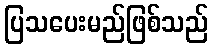
ပြသပေးမည်ဖြစ်သည်